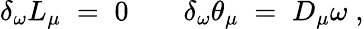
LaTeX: \delta_{\omega}L_{\mu}\; =\; 0\; \; \; \; \; \; \; \delta_{\omega}\theta_{\mu}\; =\; D_{\mu}\omega\; ,